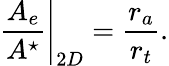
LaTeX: \left.\frac{A_{e}}{A^{\star}}\right|_{2D}=\frac{r_{a}}{r_{t}}.